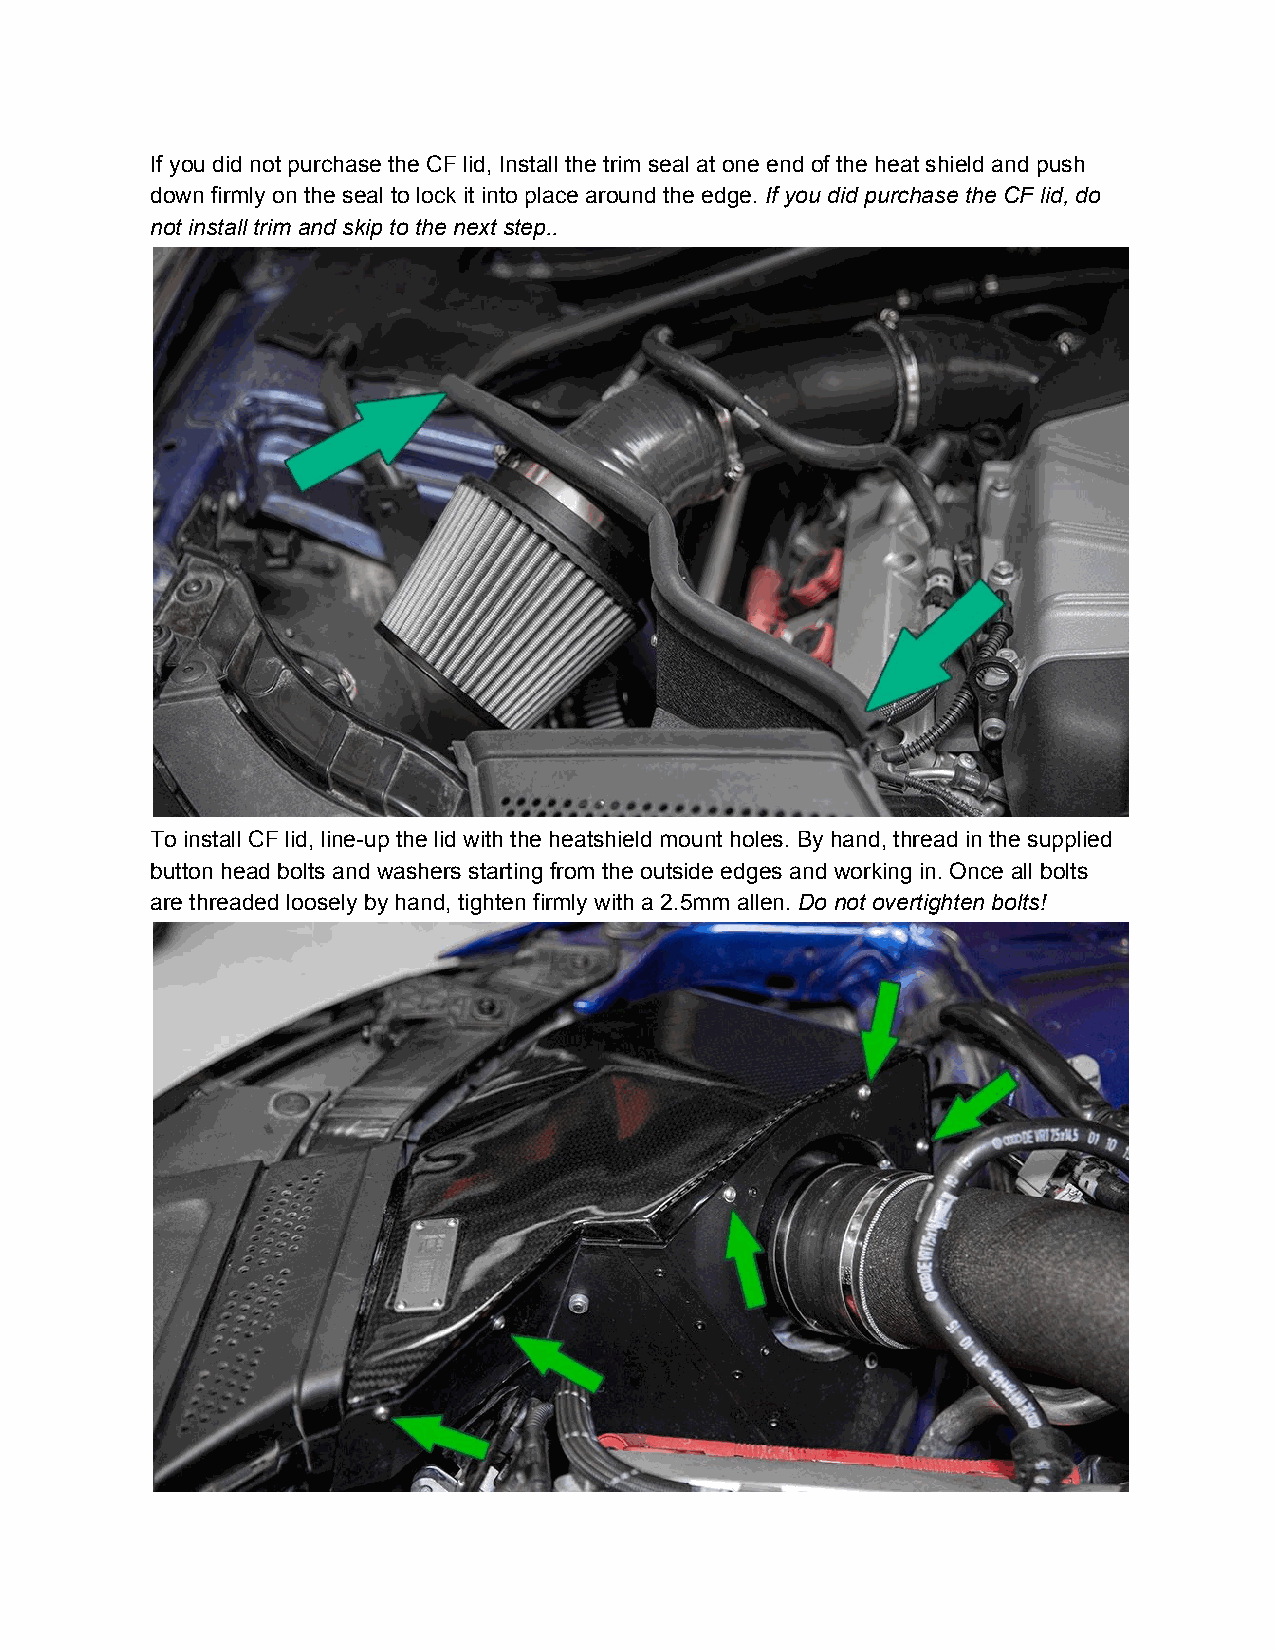
If you did not purchase the CF lid, Install the trim seal at one end of the heat shield and push
 down firmly on the seal to lock it into place around the edge. If you did purchase the CF lid, do
 ​
 not install trim and skip to the next step..
 To install CF lid, line-up the lid with the heatshield mount holes. By hand, thread in the supplied
 button head bolts and washers starting from the outside edges and working in. Once all bolts
 are threaded loosely by hand, tighten firmly with a 2.5mm allen. Do not overtighten bolts!
 ​